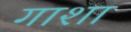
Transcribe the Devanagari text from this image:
गाशा